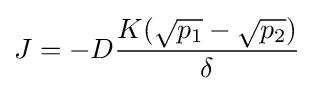
{\bigg .}J=-D{\frac {K({\sqrt {p_{1}}}-{\sqrt {p_{2}}})}{\delta }}{\bigg .}